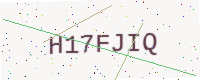
Text: H17FJIQ